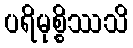
ပရိမုစ္စိဿသိ